Report on vaccination in Madras 1922-1929 - 1922-1929
Year: 1922
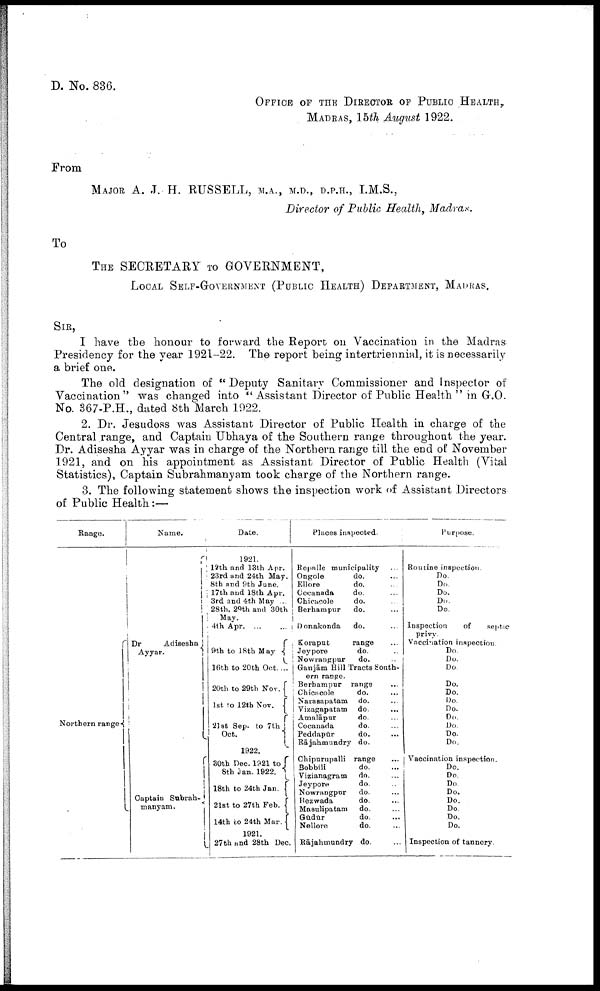
D. No. 836.
OFFICE OF THE DIRECTOR OF PUBLIC HEALTH .
MADRAS, 15th August 1922.
From
MAJOR A. J. H. RUSSELL, M.A., M.D., D.P.H., I.M.S.,
Director of Public Health, Madras.
To
THE SECRETARY TO GOVERNMENT,
LOCAL SELF-GOVERNMENT (PUBLIC HEALTH) DEPARTMENT, MADRAS.
SIR,
I have the honour to forward the Report on Vaccination in the Madras
Presidency for the year 1921-22. The report being intertriennial, it is necessarily
a brief one.
The old designation of " Deputy Sanitary Commissioner and Inspector of
Vaccination" was changed into "Assistant Director of Public Health " in G.O.
No. 367-P.H., dated 8th March 1922.
2. Dr. Jesudoss was Assistant Director of Public Health in charge of the
Central range, and Captain Ubhaya of the Southern range throughout the year.
Dr. Adisesha Ayyar was in charge of the Northern range till the end of November
1921, and on his appointment as Assistant Director of Public Health (Vital
Statistics), Captain Subrahmanyam took charge of the Northern range.
3. The following statement shows the inspection work of Assistant Directors
of Public Health:—
Range.
Northern range
Name.
Dr
Adisesha
Ayyar.
Captain Subrah-
manyam.
Date.
1921.
12th and 13th Apr.
23rd and 24th May.
8th and 9th June.
17th and 18th Apr.
3rd and 4th May ...
28th. 29th and 30th
May.
4th Apr
...
...
9th to 18th May
16th to 20th Oct....
20th to 29th Nov.
1st to 12th Nov.
21st Sep. to 7th
Oct.
1922.
30th Dec. 1921 to
8th Jan. 1922.
18th to 24th Jan.
21st to 27th Feb.
14th to 24th Mar.
1921.
27th and 28th Dec.
Places inspected.
Repalle municipality ...
Ongole
do. ...
Ellore
do. ...
Cocanada
do. ...
Chicacole
do. ...
Berhampur
do. ...
Donakonda
do. ...
Koraput
range ...
Jeypore
do. ...
Nowrangpur
do. ...
Ganjām Hill Tracts South-
ern range.
Berhampur range ...
Chicacole
do. ...
Narasapatam do. ...
Vizagapatam do.
...
Amalāpur
do. ...
Cocanada
do. ...
Peddapūr
do. ...
Rājahmundry do. ...
Chipurupalli range ...
Bobbili
do. ...
Vizianagram
do. ...
Jeypore
do. ...
Nowrangpur
do. ...
Bezwada
do. ...
Masulipatam
do. ...
Gūdūr
do. ...
Nellore
do. ...
Rājahmundry do. ...
Purpose.
Routine inspection.
Do.
Do.
Do.
Do.
Do.
Inspection
of
septic
privy.
Vaccination inspection.
Do.
Do.
Do.
Do.
Do.
Do.
Do.
Do.
Do.
Do.
Do.
Vaccination inspection.
Do.
Do.
Do.
Do.
Do.
Do.
Do.
Do.
Inspection of tannery.